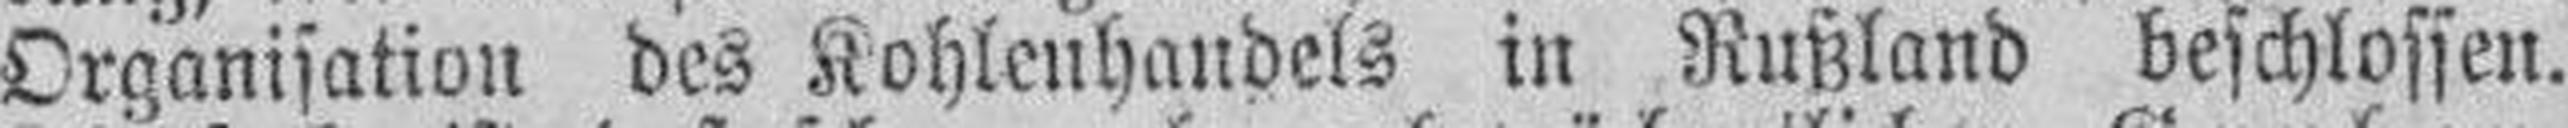
Organisation des Kohlenhandels in Rußland beschlossen.